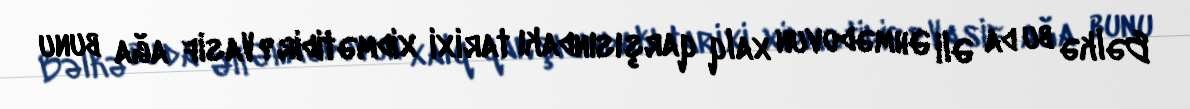
Bəlkə bu da Əli Əhmədovun xalq qarşısındakı tarixi xidmətidir?Vasif ağa bunu